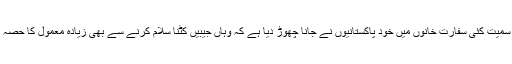
جدہ سمیت کئی سفارت خانوں میں خود پاکستانیوں نے جانا چھوڑ دیا ہے کہ وہاں جیبیں کٹنا سلام کرنے سے بھی زیادہ معمول کا حصہ ہے۔